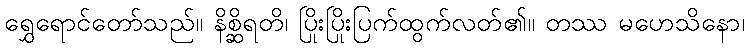
ရွှေရောင်တော်သည်။ နိစ္ဆိရတိ၊ ပြိုးပြိုးပြက်ထွက်လတ်၏။ တဿ မဟေသိနော၊